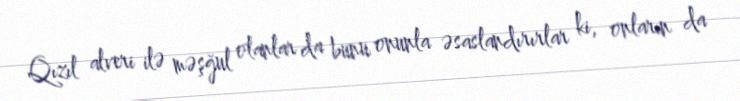
Qızıl alveri ilə məşğul olanlar da bunu onunla əsaslandırırlar ki, onların da